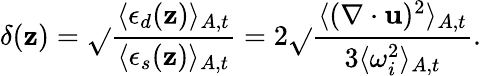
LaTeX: \delta(\mathbf{z})=\sqrt{}{{\frac{{\langle\epsilon_{d}(\mathbf{z})\rangle_{A,t}}}{{\langle\epsilon_{s}(\mathbf{z})\rangle_{A,t}}}}}=2\sqrt{}{{\frac{{\langle(\mathbf{{\nabla}}\cdot\mathbf{{u}})^{2}\rangle_{A,t}}}{{3\langle\omega_{i}^{2}\rangle_{A,t}}}}}.